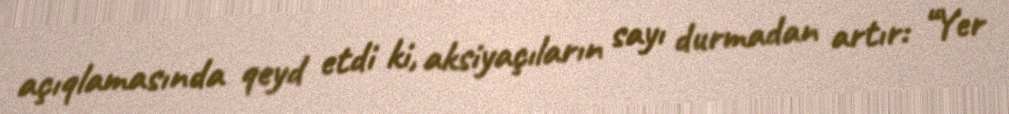
açıqlamasında qeyd etdi ki, aksiyaçıların sayı durmadan artır: “Yer